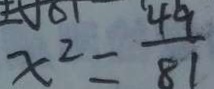
x ^ { 2 } = \frac { 4 9 } { 8 1 }